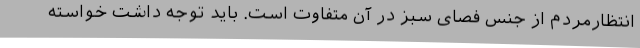
انتظارمردم از جنس فصای سبز در آن متفاوت است. باید توجه داشت خواسته